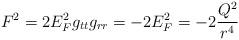
LaTeX: \begin{align*}F^2 = 2 E_F^2 g_{tt} g_{rr} = -2E_F^2 = -2 {Q^2 \over r^4}\end{align*}